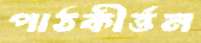
পাঠকীর্ত্তন